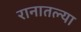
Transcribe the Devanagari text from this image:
रानातल्या